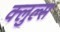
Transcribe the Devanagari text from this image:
क्लुल्स